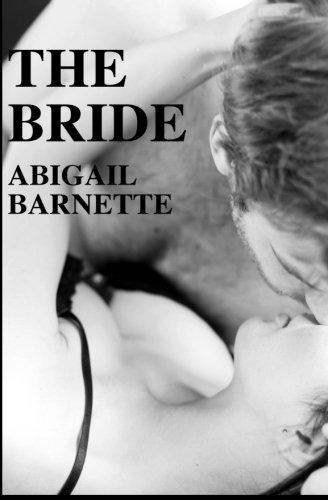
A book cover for The Bride; Abigail Barnette; Romance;